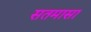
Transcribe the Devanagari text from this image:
सतमासा